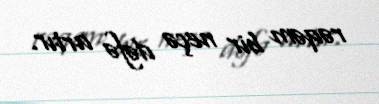
rəqəm bir neçə dəfə artır.